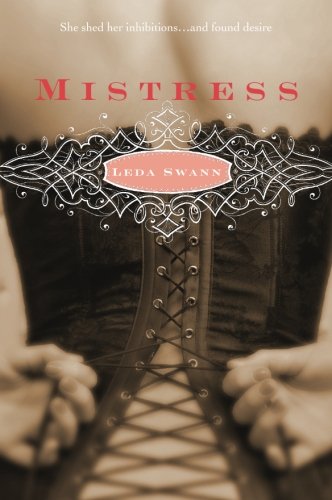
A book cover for Mistress (Avon Red); Leda Swann; Romance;